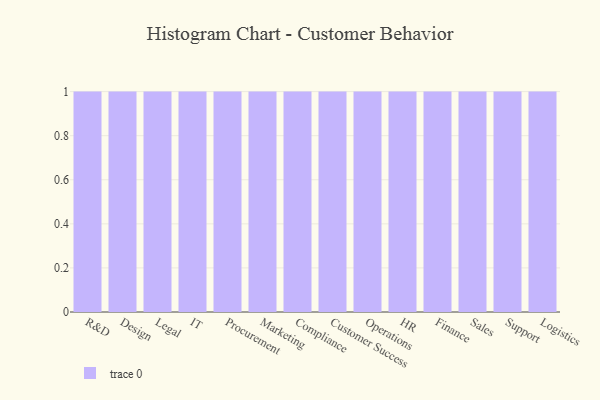
{"axis": {"x": "Department", "y": "Demand Index"}, "legend": [""], "data": [{"x": "R&D", "y": 89, "type": ""}, {"x": "Design", "y": 42, "type": ""}, {"x": "Legal", "y": 83, "type": ""}, {"x": "IT", "y": 60, "type": ""}, {"x": "Procurement", "y": 39, "type": ""}, {"x": "Marketing", "y": 95, "type": ""}, {"x": "Compliance", "y": 44, "type": ""}, {"x": "Customer Success", "y": 95, "type": ""}, {"x": "Operations", "y": 82, "type": ""}, {"x": "HR", "y": 90, "type": ""}, {"x": "Finance", "y": 41, "type": ""}, {"x": "Sales", "y": 84, "type": ""}, {"x": "Support", "y": 69, "type": ""}, {"x": "Logistics", "y": 60, "type": ""}]}